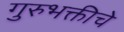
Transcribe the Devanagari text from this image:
गुरुभक्तीचे